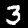
Label: 3